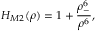
H _ { M 2 } ( \rho ) = 1 + \frac { \rho _ { - } ^ { 6 } } { \rho ^ { 6 } } ,